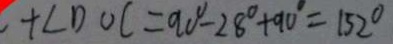
+ \angle D O C = 9 0 ^ { \circ } - 2 8 ^ { \circ } + 9 0 ^ { \circ } = 1 5 2 ^ { \circ }